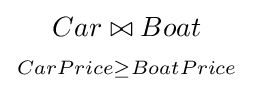
{Car\bowtie Boat \atop \scriptstyle CarPrice\geq BoatPrice}